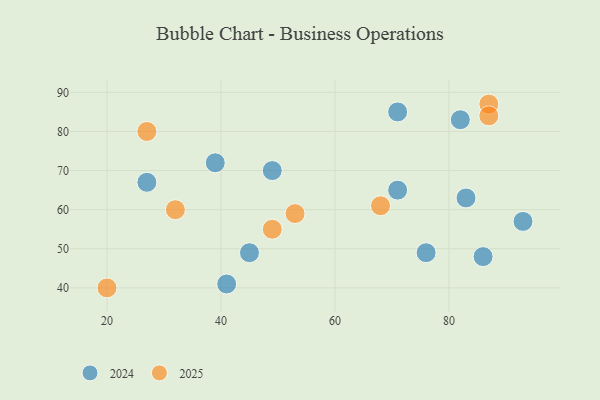
{"axis": {"x": "GDP", "y": "Life Expectancy"}, "legend": ["2024", "2025"], "data": [{"x": "87", "y": 87, "type": "2025"}, {"x": "49", "y": 55, "type": "2025"}, {"x": "87", "y": 84, "type": "2025"}, {"x": "20", "y": 40, "type": "2025"}, {"x": "53", "y": 59, "type": "2025"}, {"x": "68", "y": 61, "type": "2025"}, {"x": "32", "y": 60, "type": "2025"}, {"x": "27", "y": 80, "type": "2025"}, {"x": "27", "y": 67, "type": "2024"}, {"x": "45", "y": 49, "type": "2024"}, {"x": "71", "y": 65, "type": "2024"}, {"x": "71", "y": 85, "type": "2024"}, {"x": "83", "y": 63, "type": "2024"}, {"x": "49", "y": 70, "type": "2024"}, {"x": "39", "y": 72, "type": "2024"}, {"x": "86", "y": 48, "type": "2024"}, {"x": "41", "y": 41, "type": "2024"}, {"x": "93", "y": 57, "type": "2024"}, {"x": "76", "y": 49, "type": "2024"}, {"x": "82", "y": 83, "type": "2024"}]}